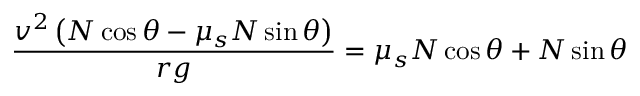
{ \frac { v ^ { 2 } \left( N \cos \theta - \mu _ { s } N \sin \theta \right) } { r g } } = \mu _ { s } N \cos \theta + N \sin \theta